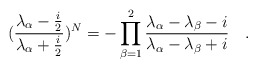
\begin{align*}(\frac{\lambda_{\alpha}-\frac{i}{2}}{\lambda_{\alpha}+\frac{i}{2}})^{N}=-\prod_{\beta=1}^{2}\frac{\lambda_{\alpha}-\lambda_{\beta}-i}{ \lambda_{\alpha}-\lambda_{\beta}+i}\quad .\end{align*}